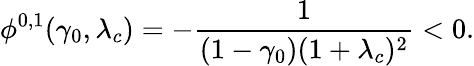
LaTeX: \phi^{0,1}(\gamma_{0},\lambda_{c})=-\frac{1}{(1-\gamma_{0})(1+\lambda_{c})^{2}}<0.